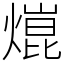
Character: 熴